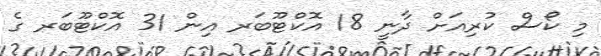
މި ކޯސް ކުރިއަށް ދާނީ 18 އޮކްޓޫބަރ އިން 31 އޮކްޓޫބަރ ގެ